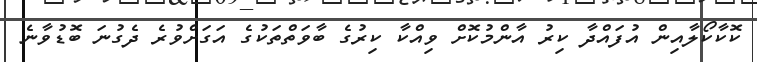
ކޮކާކޯލާއިން އުފައްދާ ކިރު އާންމުކޮށް ވިއްކާ ކިރުގެ ބާވަތްތަކުގެ އަގަށްވުރެ ދެގުނަ ބޮޑުވާނެ